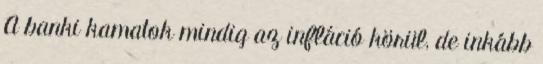
A banki kamatok mindig az infláció körül, de inkább